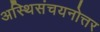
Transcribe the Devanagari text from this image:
अस्थिसंचयनोत्तर